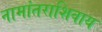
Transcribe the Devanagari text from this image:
नामांतराशिवाय